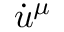
\dot { u } ^ { \mu }